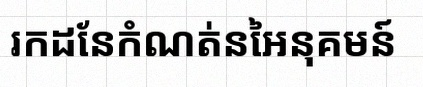
រកដែនកំណត់នៃអនុគមន៍